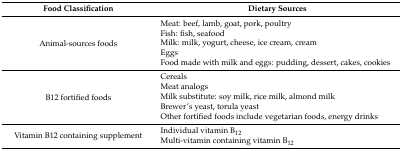
<table><thead><tr><td><b>Food Classification</b></td><td><b>Dietary Sources</b></td></tr></thead><tbody><tr><td rowspan="5">Animal-sources foods</td><td>Meat: beef, lamb, goat, pork, poultry</td></tr><tr><td>Fish: fish, seafood</td></tr><tr><td>Milk: milk, yogurt, cheese, ice cream, cream</td></tr><tr><td>Eggs</td></tr><tr><td>Food made with milk and eggs: pudding, dessert, cakes, cookies</td></tr><tr><td rowspan="5">B12 fortified foods</td><td>Cereals</td></tr><tr><td>Meat analogs</td></tr><tr><td>Milk substitute: soy milk, rice milk, almond milk</td></tr><tr><td>Brewer’s yeast, torula yeast</td></tr><tr><td>Other fortified foods include vegetarian foods, energy drinks</td></tr><tr><td rowspan="2">Vitamin B12 containing supplement</td><td>Individual vitamin B<sub>12</sub></td></tr><tr><td>Multi-vitamin containing vitamin B<sub>12</sub></td></tr></tbody></table>